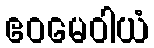
ဧဝမေဝါယံ